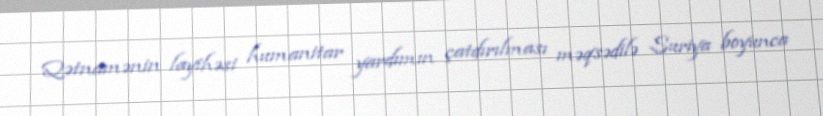
Qətnamənin layihəsi humanitar yardımın çatdırılması məqsədilə Suriya boyunca